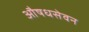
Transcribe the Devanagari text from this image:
औषधसेवन